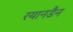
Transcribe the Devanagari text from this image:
रयानडैन